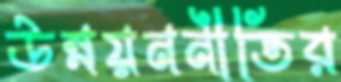
উন্নয়ননীতির